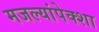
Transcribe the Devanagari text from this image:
मजल्यांपेक्शा